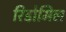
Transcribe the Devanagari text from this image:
रिडोमिल